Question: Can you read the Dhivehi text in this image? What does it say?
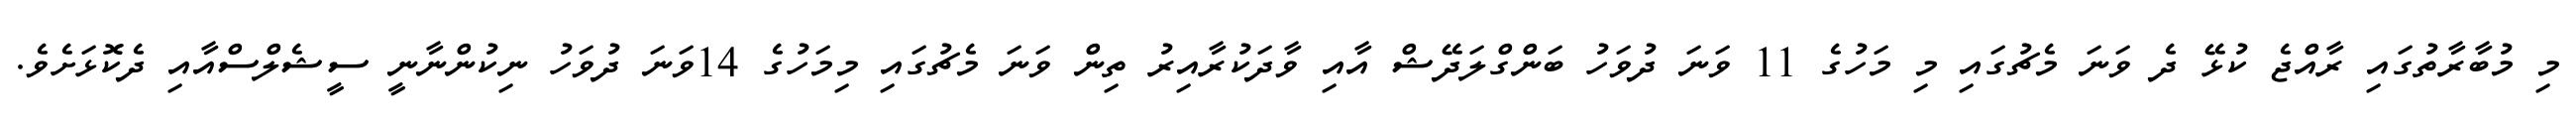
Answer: މި މުބާރާތުގައި ރާއްޖެ ކުޅޭ ދެ ވަނަ މެޗުގައި މި މަހުގެ 11 ވަނަ ދުވަހު ބަންގްލަދޭޝް އާއި ވާދަކުރާއިރު ތިން ވަނަ މެޗުގައި މިމަހުގެ 14ވަނަ ދުވަހު ނިކުންނާނީ ސީޝެލްސްއާއި ދެކޮޅަށެވެ.